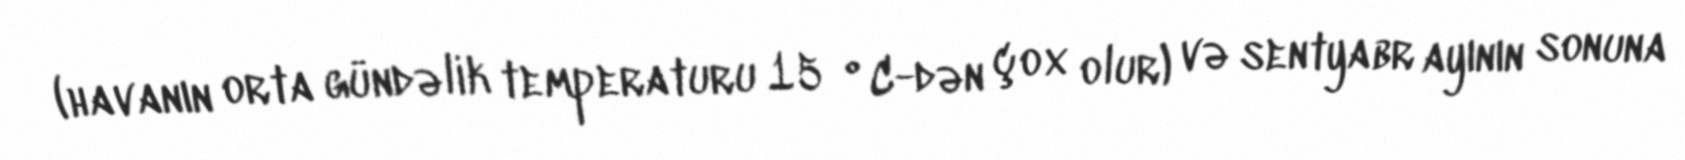
(havanın orta gündəlik temperaturu 15 °C-dən çox olur) və sentyabr ayının sonuna